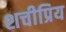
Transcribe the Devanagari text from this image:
शचीप्रिय